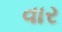
વાર